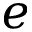
e